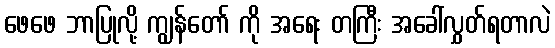
ဖေဖေ ဘာပြုလို့ ကျွန်တော် ကို အရေး တကြီး အခေါ်လွှတ်ရတာလဲ